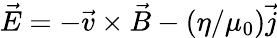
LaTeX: \vec{E}=-\vec{v}\times\vec{B}-(\eta/\mu_{0})\vec{j}